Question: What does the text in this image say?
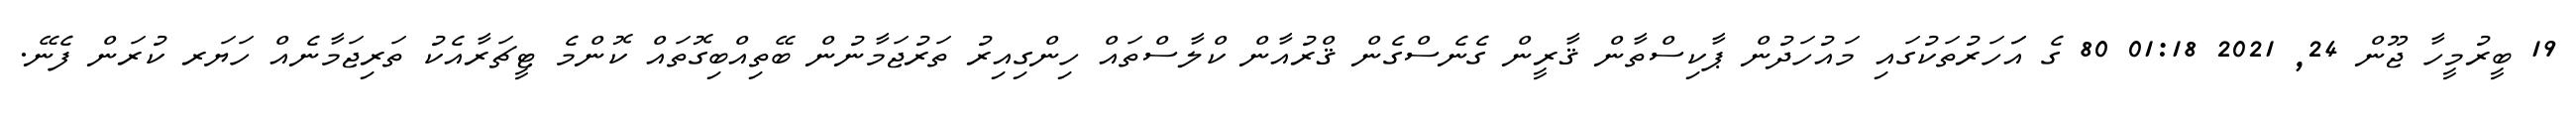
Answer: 19 ބީރުމީހާ ޖޫން 24, 2021 01:18 80 ގެ އަަހަރުތަކުގައި މައުހަދުން ޕާކިސްތާން ޤާރީން ގެނެސްގެން ޤްރުއާން ކްލާސްތައް ހިންގިއިރު ތަރުޖަމާނުން ބޭތިއްބިގޮތައް ކޮންމެ ޓީޗަރާއެކު ތަރިޖަމާނެއް ހަޔަރ ކުރަން ފެނޭ.